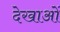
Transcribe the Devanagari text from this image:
देखाओं